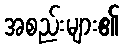
အစည်းများ၏